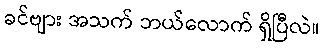
ခင်ဗျား အသက် ဘယ်လောက် ရှိပြီလဲ။